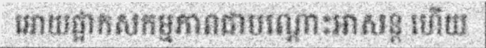
អោយផ្អាកសកម្មភាពជាបណ្តោះអាសន្ត ហើយ